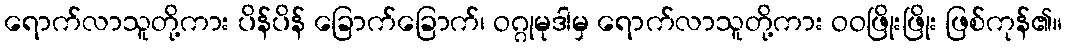
ရောက်လာသူတို့ကား ပိန်ပိန် ခြောက်ခြောက်၊ ဝဂ္ဂုမုဒါမှ ရောက်လာသူတို့ကား ဝဝဖြိုးဖြိုး ဖြစ်ကုန်၏။